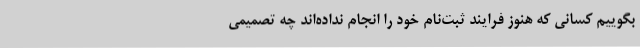
بگوییم کسانی که هنوز فرایند ثبت‌نام خود را انجام نداده‌اند چه تصمیمی